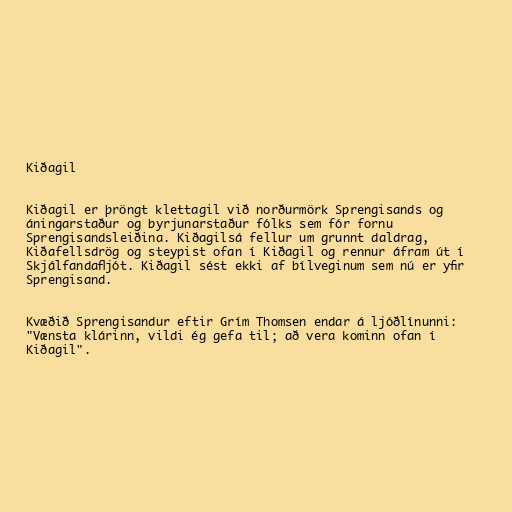
Kiðagil

Kiðagil er þröngt klettagil við norðurmörk Sprengisands og
áningarstaður og byrjunarstaður fólks sem fór fornu
Sprengisandsleiðina. Kiðagilsá fellur um grunnt daldrag,
Kiðafellsdrög og steypist ofan í Kiðagil og rennur áfram út í
Skjálfandafljót. Kiðagil sést ekki af bílveginum sem nú er yfir
Sprengisand.

Kvæðið Sprengisandur eftir Grím Thomsen endar á ljóðlínunni:
"Vænsta klárinn, vildi ég gefa til; að vera kominn ofan í
Kiðagil".